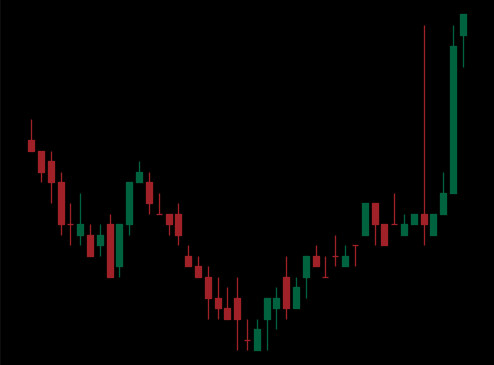
Pattern: inverse_head_shoulders